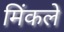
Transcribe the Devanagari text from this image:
मिंकले